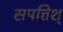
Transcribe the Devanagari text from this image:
सपत्तिश्